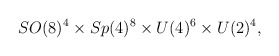
\begin{align*}SO(8)^4 \times Sp(4)^8 \times U(4)^6 \times U(2)^4,\end{align*}